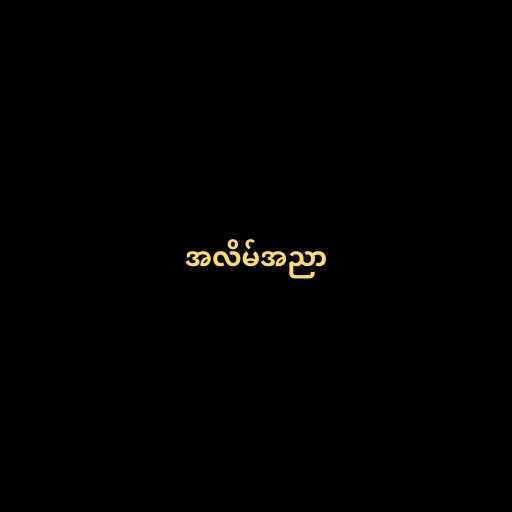
အလိမ်အညာ